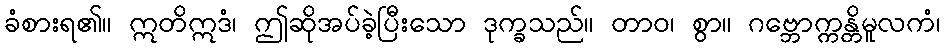
ခံစားရ၏။ ဣတိဣဒံ၊ ဤဆိုအပ်ခဲ့ပြီးသော ဒုက္ခသည်။ တာဝ၊ စွာ။ ဂဗ္ဘောက္ကန္တိမူလကံ၊